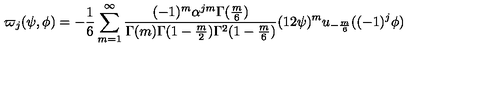
\varpi _ { j } ( \psi , \phi ) = - \frac { 1 } { 6 } \sum _ { m = 1 } ^ { \infty } \frac { ( - 1 ) ^ { m } \alpha ^ { j m } \Gamma ( \frac { m } { 6 } ) } { \Gamma ( m ) \Gamma ( 1 - \frac { m } { 2 } ) \Gamma ^ { 2 } ( 1 - \frac { m } { 6 } ) } ( 1 2 \psi ) ^ { m } u _ { - \frac { m } { 6 } } ( ( - 1 ) ^ { j } \phi )